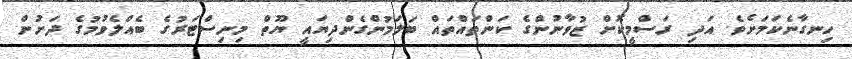
ހިނގާނެކަމަށެވެ. އަދި ރަސްމީކޮށް ޒުވާނުންގެ ކަންތައްތައް ބަލަމުންގެންދިޔައީ ޔޫތް މިނިސްޓަރުގެ ބެއްލެވުމުގެ ދަށުން